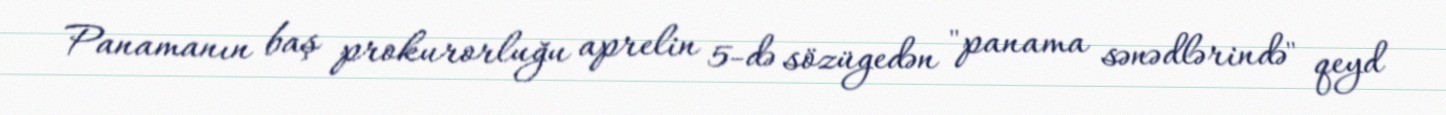
Panamanın baş prokurorluğu aprelin 5-də sözügedən "panama sənədlərində" qeyd